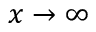
x \to \infty